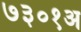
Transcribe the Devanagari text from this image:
७३०१अ